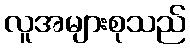
လူအများစုသည်